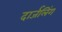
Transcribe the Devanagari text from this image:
दार्जलिंग